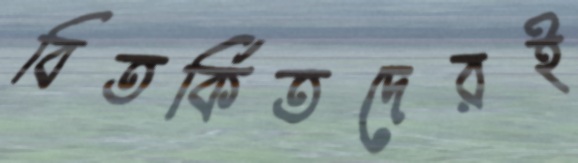
বিতর্কিতদেরই